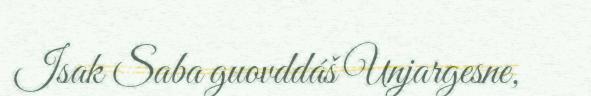
Isak Saba guovddáš Unjargesne,